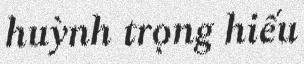
huỳnh trọng hiếu